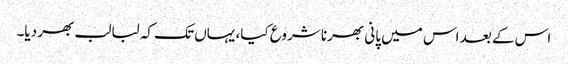
اس کے بعد اس میں پانی بھرنا شروع کیا، یہاں تک کہ لبالب بھر دیا۔